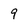
Character: 9